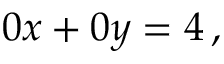
0 x + 0 y = 4 \, ,